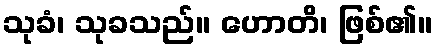
သုခံ၊ သုခသည်။ ဟောတိ၊ ဖြစ်၏။